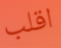
اقلب